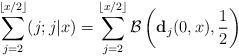
LaTeX: \begin{align*}\sum_{j=2}^{\left \lfloor x/2 \right \rfloor} (j ; j|x)= \sum_{j=2}^{\left \lfloor x/2 \right \rfloor}\mathcal{B}\left(\mathbf{d}_j(0,x), \frac{1}{2} \right) \end{align*}